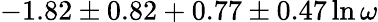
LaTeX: -1.82\pm 0.82+0.77\pm 0.47\ln\omega